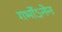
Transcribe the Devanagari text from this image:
गर्भोऽनेन